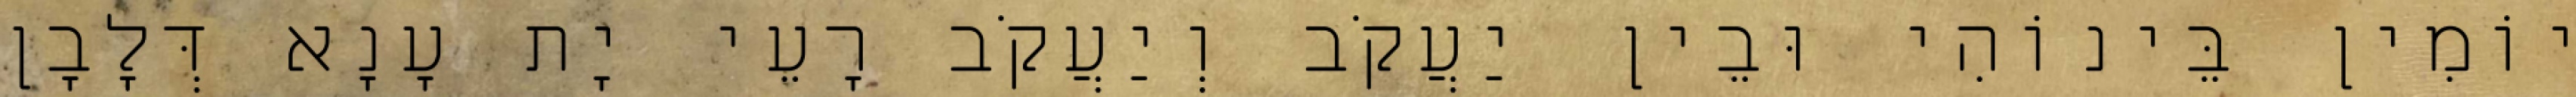
יוֹמִין בֵּינוֹהִי וּבֵין יַעֲקֹב וְיַעֲקֹב רָעֵי יָת עָנָא דְּלָבָן